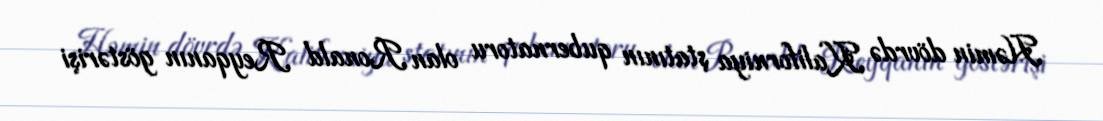
Həmin dövrdə Kaliforniya ştatının qubernatoru olan Ronald Reyqanın göstərişi